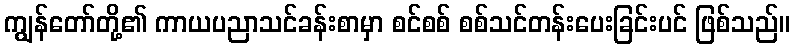
ကျွန်တော်တို့၏ ကာယပညာသင်ခန်းစာမှာ စင်စစ် စစ်သင်တန်းပေးခြင်းပင် ဖြစ်သည်။